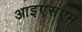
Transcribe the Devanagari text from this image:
आइएसएम्